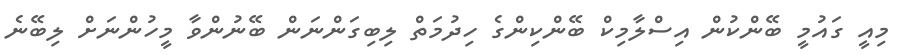
މިއީ ގައުމީ ބޭންކުން އިސްލާމިކް ބޭންކިންގެ ހިދުމަތް ލިބިގަންނަން ބޭނުންވާ މީހުންނަށް ލިބޭނެ